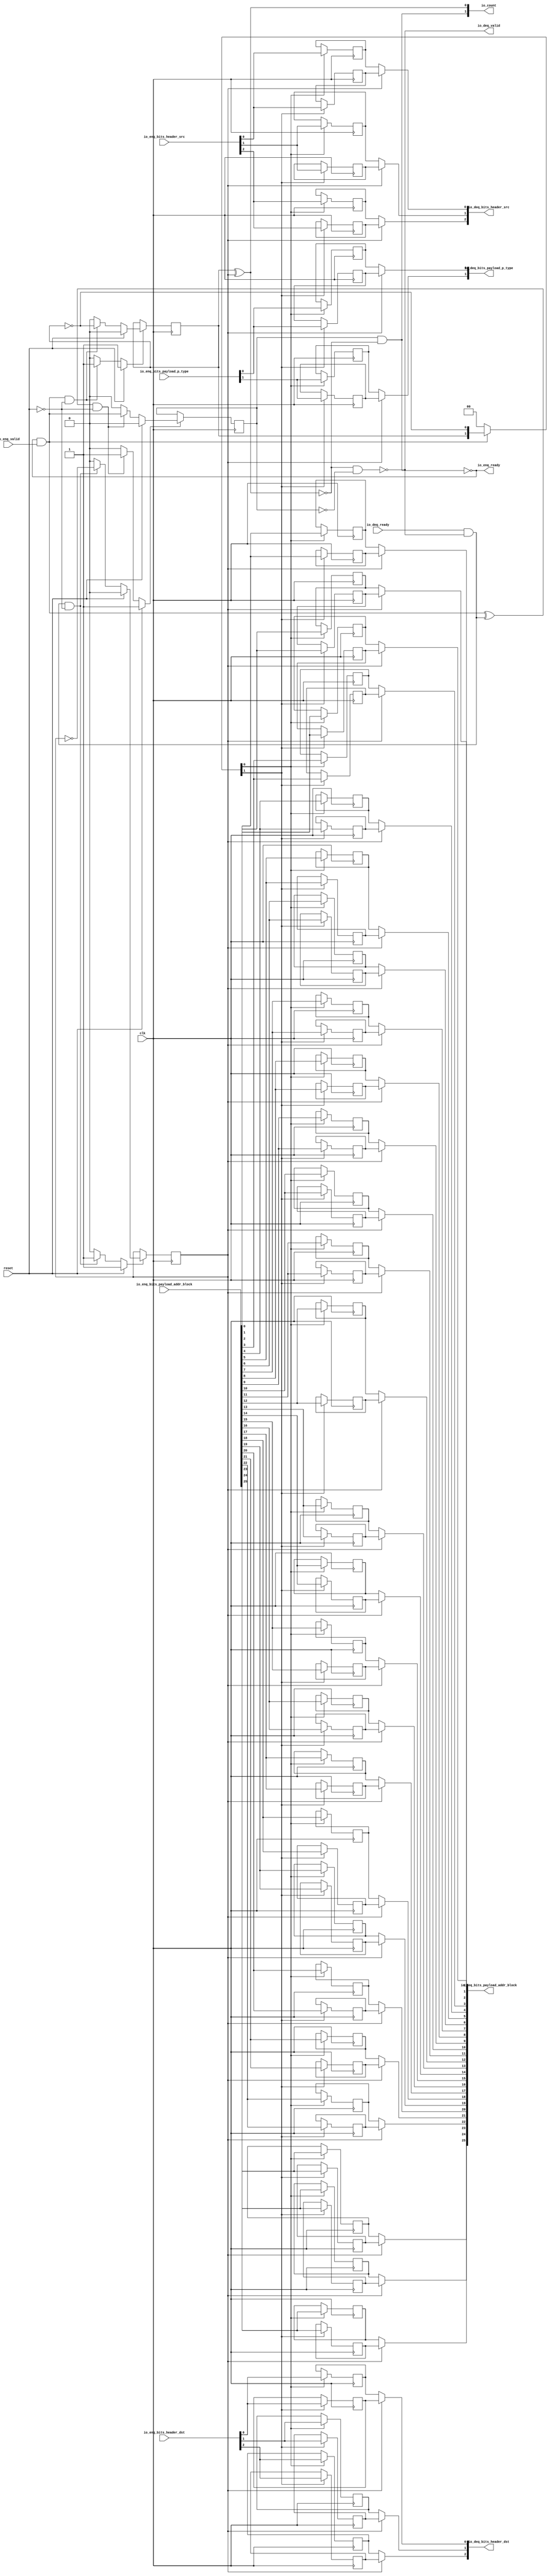
// This program was cloned from: https://github.com/NYU-MLDA/OpenABC
// License: BSD 3-Clause "New" or "Revised" License

module Queue_13
(
  clk,
  reset,
  io_enq_ready,
  io_enq_valid,
  io_enq_bits_header_src,
  io_enq_bits_header_dst,
  io_enq_bits_payload_addr_block,
  io_enq_bits_payload_p_type,
  io_deq_ready,
  io_deq_valid,
  io_deq_bits_header_src,
  io_deq_bits_header_dst,
  io_deq_bits_payload_addr_block,
  io_deq_bits_payload_p_type,
  io_count
);

  input [2:0] io_enq_bits_header_src;
  input [2:0] io_enq_bits_header_dst;
  input [25:0] io_enq_bits_payload_addr_block;
  input [1:0] io_enq_bits_payload_p_type;
  output [2:0] io_deq_bits_header_src;
  output [2:0] io_deq_bits_header_dst;
  output [25:0] io_deq_bits_payload_addr_block;
  output [1:0] io_deq_bits_payload_p_type;
  output [1:0] io_count;
  input clk;
  input reset;
  input io_enq_valid;
  input io_deq_ready;
  output io_enq_ready;
  output io_deq_valid;
  wire [2:0] io_deq_bits_header_src,io_deq_bits_header_dst;
  wire [25:0] io_deq_bits_payload_addr_block;
  wire [1:0] io_deq_bits_payload_p_type,io_count;
  wire io_enq_ready,io_deq_valid,N0,N1,N2,N3,N4,do_deq,T3,do_enq,T6,ptr_match,T9,N5,
  empty,T21,full,N6,N7,N8,N9,N10,N11,N12,N13,N14,N15,N16,N17,N18,N19,N21,N22,N23,N24,
  N25,N26;
  reg R1,N20,maybe_full;
  reg [67:0] ram;
  assign N0 = N20 ^ R1;
  assign ptr_match = ~N0;
  assign T9 = do_enq ^ do_deq;
  assign io_deq_bits_header_src[2] = (N5)? ram[33] : 
                                     (N1)? ram[67] : 1'b0;
  assign N1 = R1;
  assign io_deq_bits_header_src[1] = (N5)? ram[32] : 
                                     (N1)? ram[66] : 1'b0;
  assign io_deq_bits_header_src[0] = (N5)? ram[31] : 
                                     (N1)? ram[65] : 1'b0;
  assign io_deq_bits_header_dst[2] = (N5)? ram[30] : 
                                     (N1)? ram[64] : 1'b0;
  assign io_deq_bits_header_dst[1] = (N5)? ram[29] : 
                                     (N1)? ram[63] : 1'b0;
  assign io_deq_bits_header_dst[0] = (N5)? ram[28] : 
                                     (N1)? ram[62] : 1'b0;
  assign io_deq_bits_payload_addr_block[25] = (N5)? ram[27] : 
                                              (N1)? ram[61] : 1'b0;
  assign io_deq_bits_payload_addr_block[24] = (N5)? ram[26] : 
                                              (N1)? ram[60] : 1'b0;
  assign io_deq_bits_payload_addr_block[23] = (N5)? ram[25] : 
                                              (N1)? ram[59] : 1'b0;
  assign io_deq_bits_payload_addr_block[22] = (N5)? ram[24] : 
                                              (N1)? ram[58] : 1'b0;
  assign io_deq_bits_payload_addr_block[21] = (N5)? ram[23] : 
                                              (N1)? ram[57] : 1'b0;
  assign io_deq_bits_payload_addr_block[20] = (N5)? ram[22] : 
                                              (N1)? ram[56] : 1'b0;
  assign io_deq_bits_payload_addr_block[19] = (N5)? ram[21] : 
                                              (N1)? ram[55] : 1'b0;
  assign io_deq_bits_payload_addr_block[18] = (N5)? ram[20] : 
                                              (N1)? ram[54] : 1'b0;
  assign io_deq_bits_payload_addr_block[17] = (N5)? ram[19] : 
                                              (N1)? ram[53] : 1'b0;
  assign io_deq_bits_payload_addr_block[16] = (N5)? ram[18] : 
                                              (N1)? ram[52] : 1'b0;
  assign io_deq_bits_payload_addr_block[15] = (N5)? ram[17] : 
                                              (N1)? ram[51] : 1'b0;
  assign io_deq_bits_payload_addr_block[14] = (N5)? ram[16] : 
                                              (N1)? ram[50] : 1'b0;
  assign io_deq_bits_payload_addr_block[13] = (N5)? ram[15] : 
                                              (N1)? ram[49] : 1'b0;
  assign io_deq_bits_payload_addr_block[12] = (N5)? ram[14] : 
                                              (N1)? ram[48] : 1'b0;
  assign io_deq_bits_payload_addr_block[11] = (N5)? ram[13] : 
                                              (N1)? ram[47] : 1'b0;
  assign io_deq_bits_payload_addr_block[10] = (N5)? ram[12] : 
                                              (N1)? ram[46] : 1'b0;
  assign io_deq_bits_payload_addr_block[9] = (N5)? ram[11] : 
                                             (N1)? ram[45] : 1'b0;
  assign io_deq_bits_payload_addr_block[8] = (N5)? ram[10] : 
                                             (N1)? ram[44] : 1'b0;
  assign io_deq_bits_payload_addr_block[7] = (N5)? ram[9] : 
                                             (N1)? ram[43] : 1'b0;
  assign io_deq_bits_payload_addr_block[6] = (N5)? ram[8] : 
                                             (N1)? ram[42] : 1'b0;
  assign io_deq_bits_payload_addr_block[5] = (N5)? ram[7] : 
                                             (N1)? ram[41] : 1'b0;
  assign io_deq_bits_payload_addr_block[4] = (N5)? ram[6] : 
                                             (N1)? ram[40] : 1'b0;
  assign io_deq_bits_payload_addr_block[3] = (N5)? ram[5] : 
                                             (N1)? ram[39] : 1'b0;
  assign io_deq_bits_payload_addr_block[2] = (N5)? ram[4] : 
                                             (N1)? ram[38] : 1'b0;
  assign io_deq_bits_payload_addr_block[1] = (N5)? ram[3] : 
                                             (N1)? ram[37] : 1'b0;
  assign io_deq_bits_payload_addr_block[0] = (N5)? ram[2] : 
                                             (N1)? ram[36] : 1'b0;
  assign io_deq_bits_payload_p_type[1] = (N5)? ram[1] : 
                                         (N1)? ram[35] : 1'b0;
  assign io_deq_bits_payload_p_type[0] = (N5)? ram[0] : 
                                         (N1)? ram[34] : 1'b0;

  always @(posedge clk) begin
    if(N8) begin
      R1 <= N9;
    end 
  end


  always @(posedge clk) begin
    if(N12) begin
      N20 <= N13;
    end 
  end


  always @(posedge clk) begin
    if(N16) begin
      maybe_full <= N17;
    end 
  end


  always @(posedge clk) begin
    if(N22) begin
      ram[67] <= io_enq_bits_header_src[2];
    end 
  end


  always @(posedge clk) begin
    if(N22) begin
      ram[66] <= io_enq_bits_header_src[1];
    end 
  end


  always @(posedge clk) begin
    if(N22) begin
      ram[65] <= io_enq_bits_header_src[0];
    end 
  end


  always @(posedge clk) begin
    if(N22) begin
      ram[64] <= io_enq_bits_header_dst[2];
    end 
  end


  always @(posedge clk) begin
    if(N22) begin
      ram[63] <= io_enq_bits_header_dst[1];
    end 
  end


  always @(posedge clk) begin
    if(N22) begin
      ram[62] <= io_enq_bits_header_dst[0];
    end 
  end


  always @(posedge clk) begin
    if(N22) begin
      ram[61] <= io_enq_bits_payload_addr_block[25];
    end 
  end


  always @(posedge clk) begin
    if(N22) begin
      ram[60] <= io_enq_bits_payload_addr_block[24];
    end 
  end


  always @(posedge clk) begin
    if(N22) begin
      ram[59] <= io_enq_bits_payload_addr_block[23];
    end 
  end


  always @(posedge clk) begin
    if(N22) begin
      ram[58] <= io_enq_bits_payload_addr_block[22];
    end 
  end


  always @(posedge clk) begin
    if(N22) begin
      ram[57] <= io_enq_bits_payload_addr_block[21];
    end 
  end


  always @(posedge clk) begin
    if(N22) begin
      ram[56] <= io_enq_bits_payload_addr_block[20];
    end 
  end


  always @(posedge clk) begin
    if(N22) begin
      ram[55] <= io_enq_bits_payload_addr_block[19];
    end 
  end


  always @(posedge clk) begin
    if(N22) begin
      ram[54] <= io_enq_bits_payload_addr_block[18];
    end 
  end


  always @(posedge clk) begin
    if(N22) begin
      ram[53] <= io_enq_bits_payload_addr_block[17];
    end 
  end


  always @(posedge clk) begin
    if(N22) begin
      ram[52] <= io_enq_bits_payload_addr_block[16];
    end 
  end


  always @(posedge clk) begin
    if(N22) begin
      ram[51] <= io_enq_bits_payload_addr_block[15];
    end 
  end


  always @(posedge clk) begin
    if(N22) begin
      ram[50] <= io_enq_bits_payload_addr_block[14];
    end 
  end


  always @(posedge clk) begin
    if(N22) begin
      ram[49] <= io_enq_bits_payload_addr_block[13];
    end 
  end


  always @(posedge clk) begin
    if(N22) begin
      ram[48] <= io_enq_bits_payload_addr_block[12];
    end 
  end


  always @(posedge clk) begin
    if(N22) begin
      ram[47] <= io_enq_bits_payload_addr_block[11];
    end 
  end


  always @(posedge clk) begin
    if(N22) begin
      ram[46] <= io_enq_bits_payload_addr_block[10];
    end 
  end


  always @(posedge clk) begin
    if(N22) begin
      ram[45] <= io_enq_bits_payload_addr_block[9];
    end 
  end


  always @(posedge clk) begin
    if(N22) begin
      ram[44] <= io_enq_bits_payload_addr_block[8];
    end 
  end


  always @(posedge clk) begin
    if(N22) begin
      ram[43] <= io_enq_bits_payload_addr_block[7];
    end 
  end


  always @(posedge clk) begin
    if(N22) begin
      ram[42] <= io_enq_bits_payload_addr_block[6];
    end 
  end


  always @(posedge clk) begin
    if(N22) begin
      ram[41] <= io_enq_bits_payload_addr_block[5];
    end 
  end


  always @(posedge clk) begin
    if(N22) begin
      ram[40] <= io_enq_bits_payload_addr_block[4];
    end 
  end


  always @(posedge clk) begin
    if(N22) begin
      ram[39] <= io_enq_bits_payload_addr_block[3];
    end 
  end


  always @(posedge clk) begin
    if(N22) begin
      ram[38] <= io_enq_bits_payload_addr_block[2];
    end 
  end


  always @(posedge clk) begin
    if(N22) begin
      ram[37] <= io_enq_bits_payload_addr_block[1];
    end 
  end


  always @(posedge clk) begin
    if(N22) begin
      ram[36] <= io_enq_bits_payload_addr_block[0];
    end 
  end


  always @(posedge clk) begin
    if(N22) begin
      ram[35] <= io_enq_bits_payload_p_type[1];
    end 
  end


  always @(posedge clk) begin
    if(N22) begin
      ram[34] <= io_enq_bits_payload_p_type[0];
    end 
  end


  always @(posedge clk) begin
    if(N21) begin
      ram[33] <= io_enq_bits_header_src[2];
    end 
  end


  always @(posedge clk) begin
    if(N21) begin
      ram[32] <= io_enq_bits_header_src[1];
    end 
  end


  always @(posedge clk) begin
    if(N21) begin
      ram[31] <= io_enq_bits_header_src[0];
    end 
  end


  always @(posedge clk) begin
    if(N21) begin
      ram[30] <= io_enq_bits_header_dst[2];
    end 
  end


  always @(posedge clk) begin
    if(N21) begin
      ram[29] <= io_enq_bits_header_dst[1];
    end 
  end


  always @(posedge clk) begin
    if(N21) begin
      ram[28] <= io_enq_bits_header_dst[0];
    end 
  end


  always @(posedge clk) begin
    if(N21) begin
      ram[27] <= io_enq_bits_payload_addr_block[25];
    end 
  end


  always @(posedge clk) begin
    if(N21) begin
      ram[26] <= io_enq_bits_payload_addr_block[24];
    end 
  end


  always @(posedge clk) begin
    if(N21) begin
      ram[25] <= io_enq_bits_payload_addr_block[23];
    end 
  end


  always @(posedge clk) begin
    if(N21) begin
      ram[24] <= io_enq_bits_payload_addr_block[22];
    end 
  end


  always @(posedge clk) begin
    if(N21) begin
      ram[23] <= io_enq_bits_payload_addr_block[21];
    end 
  end


  always @(posedge clk) begin
    if(N21) begin
      ram[22] <= io_enq_bits_payload_addr_block[20];
    end 
  end


  always @(posedge clk) begin
    if(N21) begin
      ram[21] <= io_enq_bits_payload_addr_block[19];
    end 
  end


  always @(posedge clk) begin
    if(N21) begin
      ram[20] <= io_enq_bits_payload_addr_block[18];
    end 
  end


  always @(posedge clk) begin
    if(N21) begin
      ram[19] <= io_enq_bits_payload_addr_block[17];
    end 
  end


  always @(posedge clk) begin
    if(N21) begin
      ram[18] <= io_enq_bits_payload_addr_block[16];
    end 
  end


  always @(posedge clk) begin
    if(N21) begin
      ram[17] <= io_enq_bits_payload_addr_block[15];
    end 
  end


  always @(posedge clk) begin
    if(N21) begin
      ram[16] <= io_enq_bits_payload_addr_block[14];
    end 
  end


  always @(posedge clk) begin
    if(N21) begin
      ram[15] <= io_enq_bits_payload_addr_block[13];
    end 
  end


  always @(posedge clk) begin
    if(N21) begin
      ram[14] <= io_enq_bits_payload_addr_block[12];
    end 
  end


  always @(posedge clk) begin
    if(N21) begin
      ram[13] <= io_enq_bits_payload_addr_block[11];
    end 
  end


  always @(posedge clk) begin
    if(N21) begin
      ram[12] <= io_enq_bits_payload_addr_block[10];
    end 
  end


  always @(posedge clk) begin
    if(N21) begin
      ram[11] <= io_enq_bits_payload_addr_block[9];
    end 
  end


  always @(posedge clk) begin
    if(N21) begin
      ram[10] <= io_enq_bits_payload_addr_block[8];
    end 
  end


  always @(posedge clk) begin
    if(N21) begin
      ram[9] <= io_enq_bits_payload_addr_block[7];
    end 
  end


  always @(posedge clk) begin
    if(N21) begin
      ram[8] <= io_enq_bits_payload_addr_block[6];
    end 
  end


  always @(posedge clk) begin
    if(N21) begin
      ram[7] <= io_enq_bits_payload_addr_block[5];
    end 
  end


  always @(posedge clk) begin
    if(N21) begin
      ram[6] <= io_enq_bits_payload_addr_block[4];
    end 
  end


  always @(posedge clk) begin
    if(N21) begin
      ram[5] <= io_enq_bits_payload_addr_block[3];
    end 
  end


  always @(posedge clk) begin
    if(N21) begin
      ram[4] <= io_enq_bits_payload_addr_block[2];
    end 
  end


  always @(posedge clk) begin
    if(N21) begin
      ram[3] <= io_enq_bits_payload_addr_block[1];
    end 
  end


  always @(posedge clk) begin
    if(N21) begin
      ram[2] <= io_enq_bits_payload_addr_block[0];
    end 
  end


  always @(posedge clk) begin
    if(N21) begin
      ram[1] <= io_enq_bits_payload_p_type[1];
    end 
  end


  always @(posedge clk) begin
    if(N21) begin
      ram[0] <= io_enq_bits_payload_p_type[0];
    end 
  end

  assign io_count[0] = N20 ^ R1;
  assign T3 = R1 ^ 1'b1;
  assign T6 = N20 ^ 1'b1;
  assign N19 = ~N20;
  assign N8 = (N2)? 1'b1 : 
              (N24)? 1'b1 : 
              (N7)? 1'b0 : 1'b0;
  assign N2 = reset;
  assign N9 = (N2)? 1'b0 : 
              (N24)? T3 : 1'b0;
  assign N12 = (N2)? 1'b1 : 
               (N25)? 1'b1 : 
               (N11)? 1'b0 : 1'b0;
  assign N13 = (N2)? 1'b0 : 
               (N25)? T6 : 1'b0;
  assign N16 = (N2)? 1'b1 : 
               (N26)? 1'b1 : 
               (N15)? 1'b0 : 1'b0;
  assign N17 = (N2)? 1'b0 : 
               (N26)? do_enq : 1'b0;
  assign { N22, N21 } = (N3)? { N20, N19 } : 
                        (N4)? { 1'b0, 1'b0 } : 1'b0;
  assign N3 = do_enq;
  assign N4 = N18;
  assign do_deq = io_deq_ready & io_deq_valid;
  assign do_enq = io_enq_ready & io_enq_valid;
  assign io_count[1] = maybe_full & ptr_match;
  assign N5 = ~R1;
  assign io_deq_valid = ~empty;
  assign empty = ptr_match & T21;
  assign T21 = ~maybe_full;
  assign io_enq_ready = ~full;
  assign full = ptr_match & maybe_full;
  assign N6 = do_deq | reset;
  assign N7 = ~N6;
  assign N10 = do_enq | reset;
  assign N11 = ~N10;
  assign N14 = T9 | reset;
  assign N15 = ~N14;
  assign N18 = ~do_enq;
  assign N23 = ~reset;
  assign N24 = do_deq & N23;
  assign N25 = do_enq & N23;
  assign N26 = T9 & N23;

endmodule